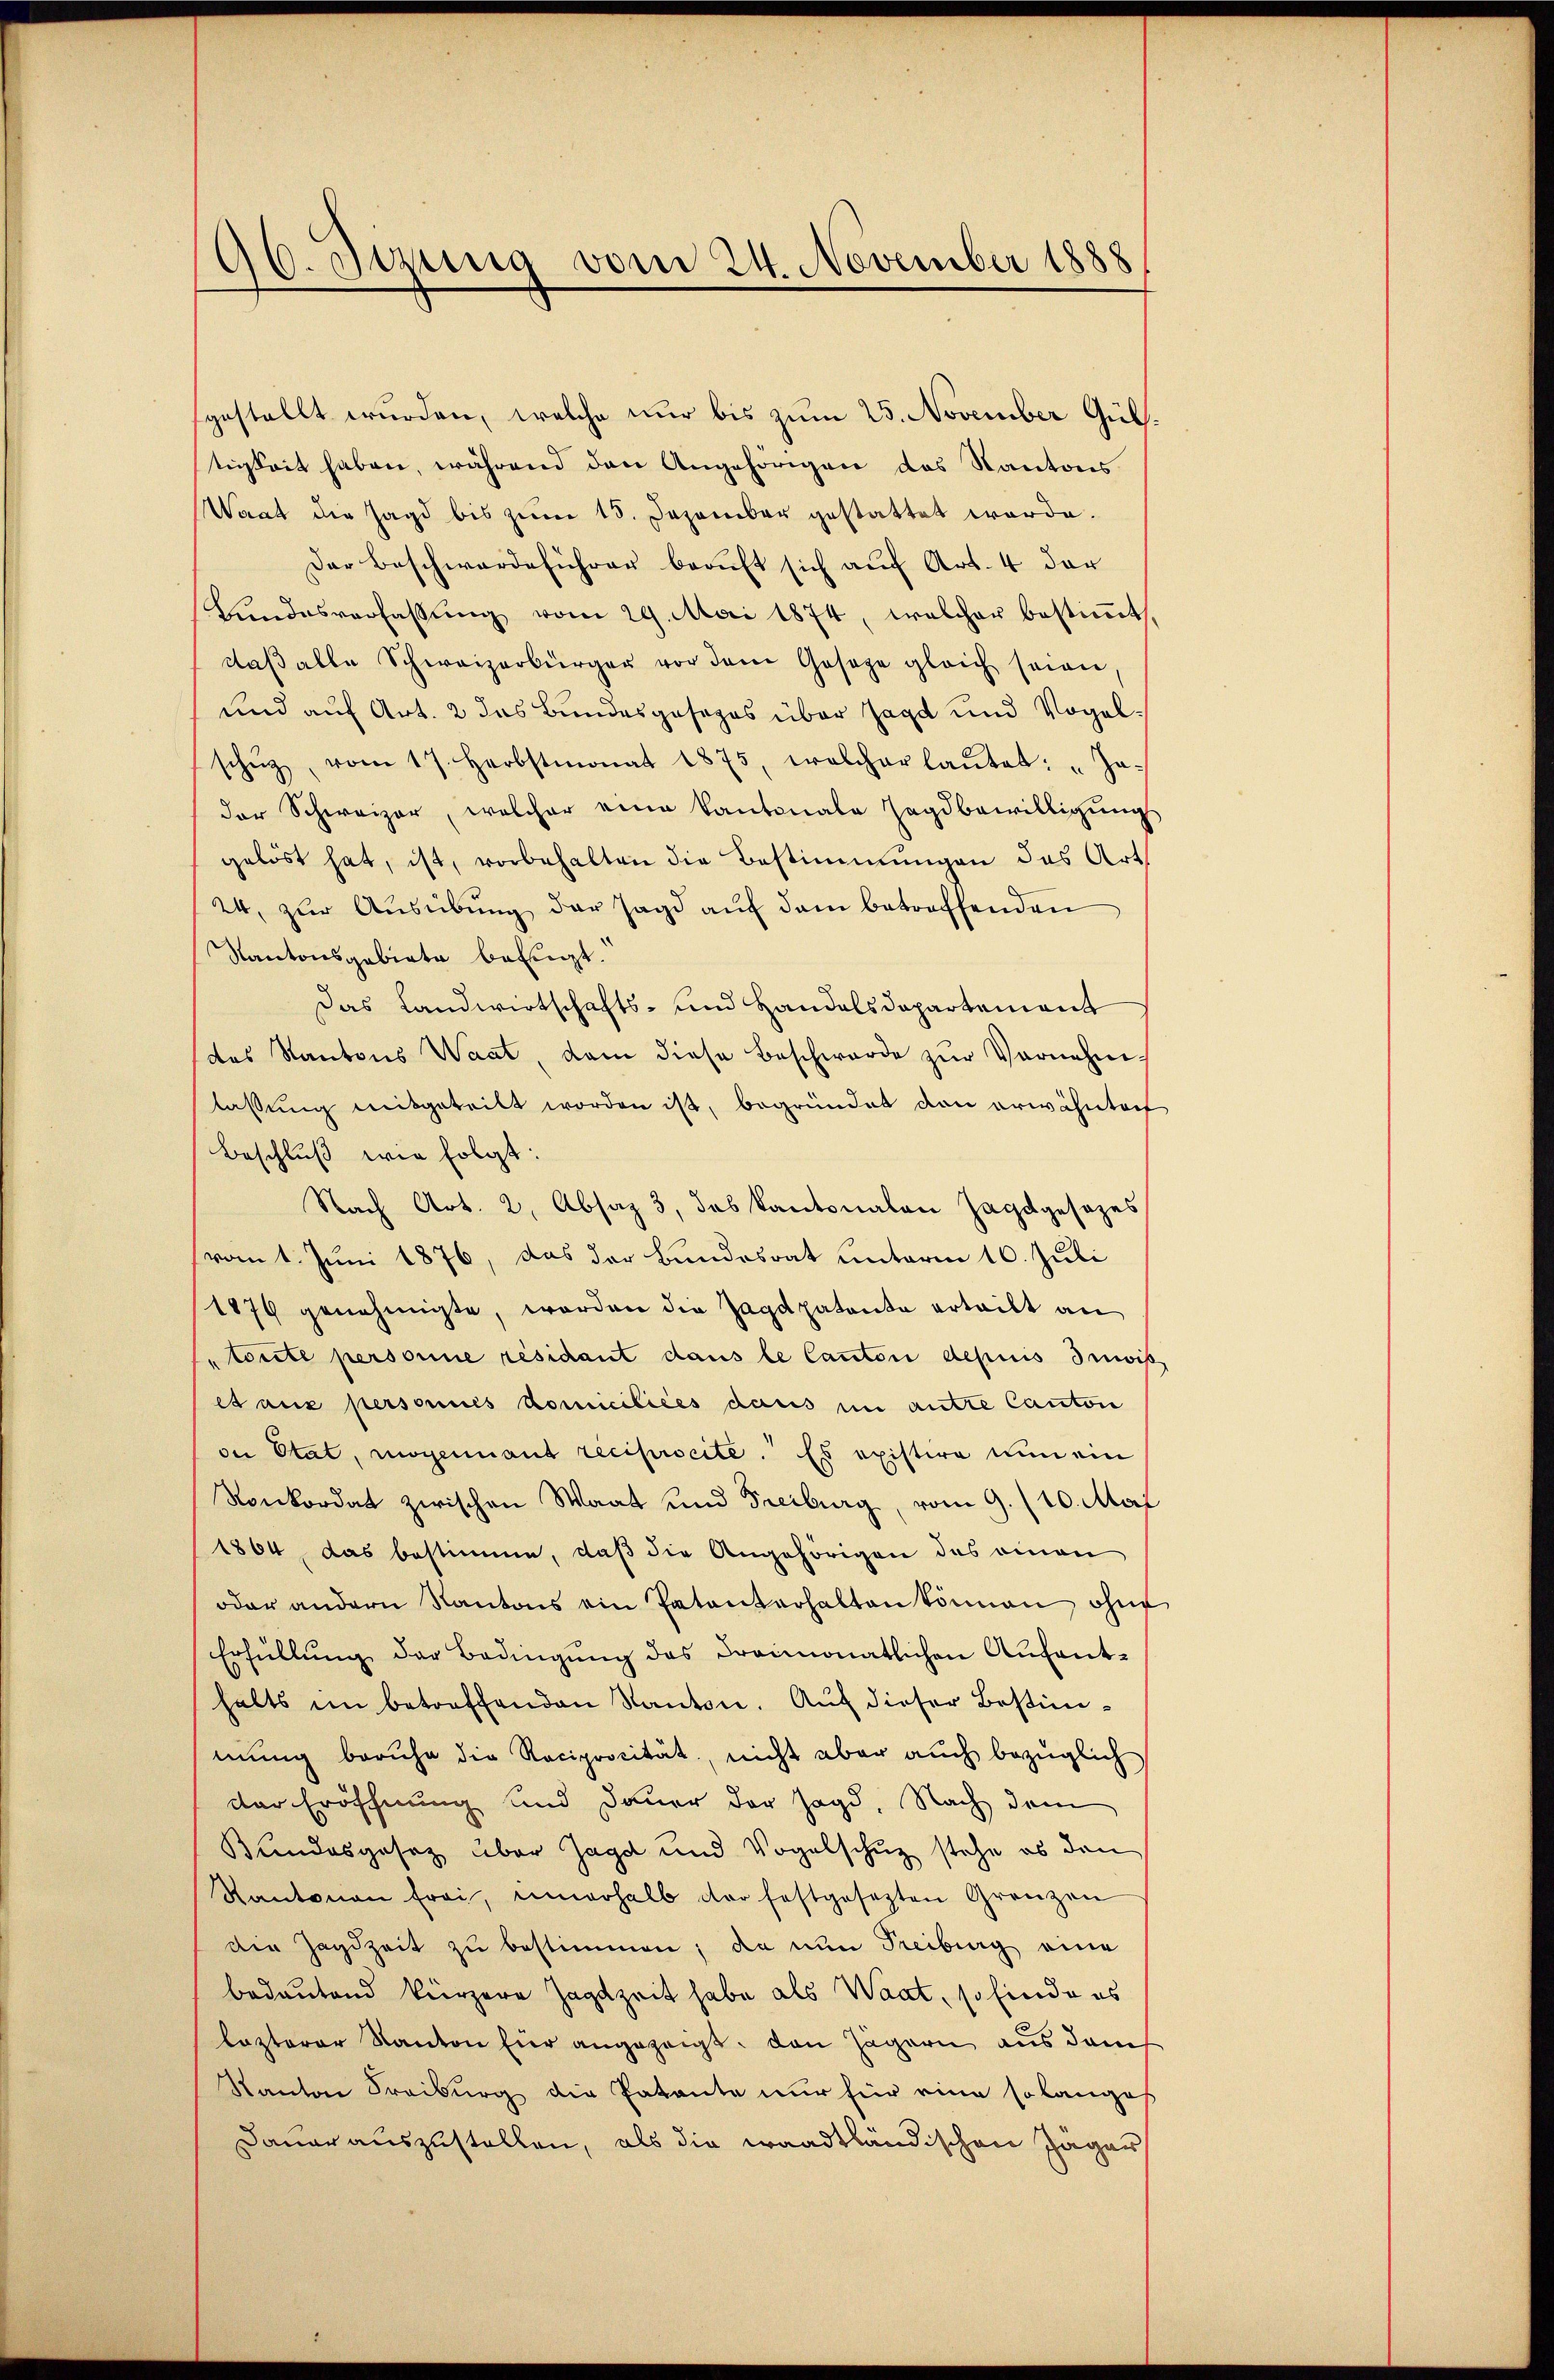
96. Jezung vom 24. November 1888

gestellt wurden, welche nur bis zum 25. November Gültigkeit haben, während den Angehörigen das Kantons
Waat die Jagd bis zŭm 15. Dezember gestattet werde.
Der Beschwerdeführer beauft sich auf Art. 4 der
Bŭndesverfassŭng vom 29. Mai 1874, welcher bestiṁt
daβ alle Schweizerbürger vor dem Gesage gleich seien,
und auf Art. 2 das Bundesgesezes über Jagd und Vogelschŭz, vom 17. Herbstmonat 1875, welcher laŭtet: „Ja-
der Schweizer, welcher eine Kantonale Jagdbewilligŭng
gelöst hat, ist, vorbehalten die Bestimmungen das Art
24 zur Ausübung der Jagd auf dem betreffenden
Kantonsgebiete befugt.
Das Landwirtschafts- und Handelsdepartement
das Kantons Waat, dem diese Beschwerde zur Vornehm
lassung mitgeteilt worden ist, begründet den erwähnte
Beschluß wie folgt:
Nach Art. 2, Absaz 3, das Kantonalen Jagdgesezes
vom 1. Juni 1876, das der Bundesrat unterm 16. Juli
1879 genehmigte, worden die Jagdpatente erteilt an
torite personne résidant dans le Canton depuis Inwis
et aux personnes komiciliées dans im autre Canton
oi Etat, moyennant reciprocité. Es existire nun ein
Ronkordat zwischen Waat und Freiburg, vom 9. 10. Mai
1864, das bestimme, daß die Angehörigen des einen
oder andern Kantons ein Patenterhalten können, ohne
Erfüllŭng der Bedingŭng des dreimonatlichen Anfant-
halts im betreffenden Kanton. Auf dieser Bestimmung beruhe die Reciprocität, nicht aber auch bezüglich
der Eröffnung und Dauer der Jagd, Nach dem
Bundesgesetz über Jagd und Vogelschuz stehe es den
Kantonen frei, unerhalb der festgesezten Grenzen
die Zagdzeit zu bestimmen; da nun Freiburg eine
bedeutend kürzere Jagdzeit habe als Waat, so finde es
lezterer Kanton für angezeigt. Den Jägern aus dem
Kanton Freiburg die Patente nur für eine so langes
Dauer auszustellen, als die waadtländischen Jäger